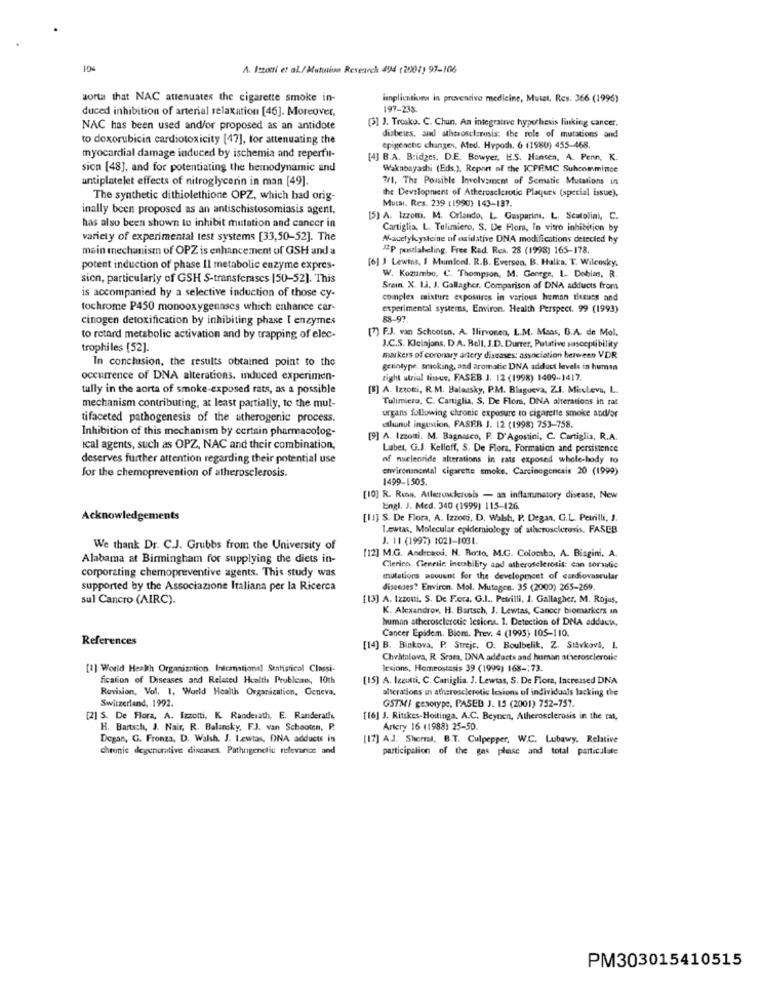
10%
A. Iszotti et al./ Mutation Research 494 (2001) 97-106
aorta that NAC attenuates the cigarette smoke in-
implications in preventive medicine, Mutet, Res. 366 (1996)
duced inhibition of arterial relaxation [46]. Moreover,
197-235.
[3] ]. Trosko. C. Chun, An integrative hypothesis linking cancer.
NAC has been used and/or proposed as an antidote
to doxorubicin cardiotoxicity [47], for attenuating the
diabetes, and atherosclerosis: the role of mutations and
epigenene changes, Ated. Hypoth. 6 (1980) 455-468.
myocardial damage induced by ischemia and reperfu-
[4] B.A. Bridges. D.E. Bowyer. E.S. Hansen, A. Penn, K.
sion [48], and for potentiating the hemodynamic and
Wakabayashi (Eds.), Report of the ICPFMC Suhcomminee
antiplatelet effects of nitroglycerin in man [49].
7/1, The Possible Involvement of Sematic Mutations in
The synthetic dithiolethione OPZ, which had orig-
Mucsi. Res. 239 (1990) 143-187.
the Developnient of Atherosclerotic Plaques (special issue).
inally been proposed as an antischistosomiasis agent,
[5] A. Izzotti. M. Orlando, L. Gasparini. L. Scatolini, C.
has also been shown to inhibit mutation and cancer in
Cartiglia, L. Tulimiero, S. De Flora, In vitro inhibition by
variety of experimental test systems [33,50-52]. The
N-acetylcysteine of oxidative DNA modifications detected by
main mechanism of OPZ is enhancement of GSH and a
"P postlabeling. Free Red. Res. 28 (1998) 165-178.
[6] ) Lewis, I Mumfond. R.B. Everson, B. Hulka, T. Wilcosky.
potent induction of phase II metabolic enzyme expres-
sion, particularly of GSH S-transferases |50-52]. This
W. Kozumbo, C. Thompson, M. George, 1. Dobias, R.
Srein. X. L.J. J. Gallagher. Comparison of DNA adducts from
is accompanied by a selective induction of those cy-
complex mixture exposures in various human tieeues and
tochrome P450 monooxygennses which enhance car-
experimental systems, Environ. Health Perspect. 99 (1993)
cinogen detoxification by inhibiting phase I enzymes
[7] F.J. van Schooten, A. Ilirvonca, L.M. Moss, B.A. de Mol.
to retard metabolic activation and by trapping of elec-
trophiles [52].
J.C.S. Kleinjons, D.A. Bell, J.D. Durrer, Putative sasceptibility
In conclusion, the results obtained point to the
markers of coronary artery diseases: association between VDR
genotype. smoking, and aromatic DNA adduct levels in human
occurrence of DNA alterations. induced experimen-
right utrial tissue, FASEB J. 12 (1998) 1409-1417.
tully in the aorta of smoke-exposed rats, as a possible
[5] A. Izzotti, R.M. Balassky, P.M. Blagueva, Z.I. Minstevs, L.
Tulimiero, C. Cartiglia, S. De Flora, DNA alterations in rat
mechanism contributing, at least partially, to the mul-
organs following chronic exposure to cigarette smoke and/or
tifaceted pathogenesis of the atherogenic process.
Inhibition of this mechanism by certain pharmacolog-
atlanul ingestion, FASER J. 12 (1998) 753-758.
[9] A. Izzoui. M. Bagnasco, P. D'Agostini, C. Cartiglia, R.A.
ical agents, such as OPZ, NAC and their combination,
Lubel, G.J. Kelloff, S. De Flora, Formation and persistence
deserves further attention regarding their potential use
of nucleoride alterations in rats exposed whole-body to
environmental cigarette smoke, Carcinogenesis 20 (1999)
for the chemoprevention of atherosclerosis.
1499-1505.
[10] R. Row. Alleraskervsis - an inflammatory disease, New
Engl. J. Med. 340 (1999) 115-126
Acknowledgements
[11] S. De Flora, A. Izzosi, D. Walsh, P. Degan, G.L. Petrilli, J.
Lowtas, Molecular epidemiology of atherosclerosis, FASEB
J. 11 (1997) 1021-1031.
We thank Dr. C.J. Grubbs from the University of
Alabama at Birmingham for supplying the diets in-
[12] M.G. Andecad. N. Botto, M.G. Colombo. A. Biagini. A.
corporating chemopreventive agents. This study was
Clerico. Cieneilc inerability and atherosclerosis: can sorsatio
mutations avouent for the development of cardiovascular
supported by the Associazione Italiana per la Ricerca
diseedes? Environ. Mol. Mutagen. 35 (2000) 265-269
sul Cancro (AIRC).
[13] A. Izzoni, S. De Fora, G.I .. Petrilli, J. Gallagher, M. Rojus,
K. Alexandrov, H. Bartsch, J. Lewtas, Cancer biomarkers in
human atherosclercdie lesions. 1. Detection of DNA adducts,
Cancer Epidem. Blom. Prev. 4 (1995) 105-110.
References
[14] B. Binkova. P. Strejc. O. Boulbelik, Z. Stavkovs, I.
Chvatalova, R. Srama, DNA adeacts and human aterosclerosie
[1] World Health Organization. International Statistical Classi-
lesions, Homeostasis 39 (1999) 168 -; 73.
fication of Diseases and Related Health Problean, 10ch
[15] A. lecitti, C. Caniglia. J. Lewtas, S. De Flora, Increased DNA
Revision, Vol. 1, World Health Organization, Geneva,
Switzerland, 1992.
GSTMI gesorype, PASED J. 15 (2001) 752-757.
alterations in atherosclerotic lesions of individuals lacking the
[2] S. De Flora, A. Izzotti, K Randerath, E. Randerath,
[16] J. Ritskes-Hoitinga. A.C. Beynen, Atherosclerosis in the rat,
H. Bartsch, J. Nair, R. Balansky, F.J. van Schooten, P.
Artery 16 (1988) 25-50.
Degan, G. Fronza, D. Walsh. J. Lewtas, DNA adducts in
[17] AJ. Sherma, B.T. Culpepper, W.C. Lubawy. Relative
chrunic degenerative dinaaves. Pathrigenetiu relevance and
participation of the gas phase and total particulate
PM303015410515